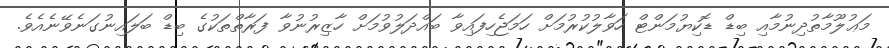
މަޢުލޫމާތުދިނުމާއި ބިޑް ޑޮކިޔުމަންޓް ހަވާލުކުރުމަށް ހަމަޖެހިފައިވާ ބައްދަލުވުމަށް ހާޒިރުނުވާ ފަރާތްތަކުގެ ބިޑް ބަލައިނުގަނެވޭނެއެވެ.